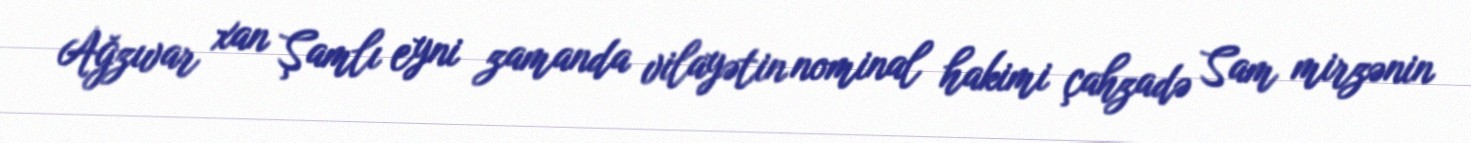
Ağzıvar xan Şamlı eyni zamanda vilayətin nominal hakimi çahzadə Sam mirzənin